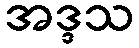
အဒ္ဒသ